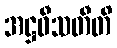
အဋ္ဌဝီသတီတိ